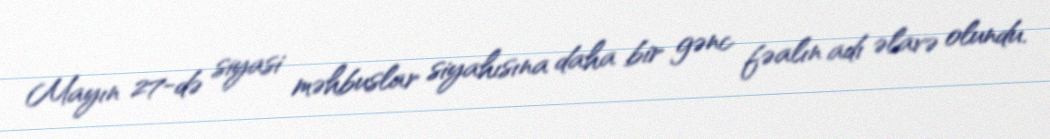
Mayın 27-də siyasi məhbuslar siyahısına daha bir gənc fəalın adı əlavə olundu.